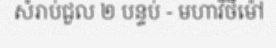
សំរាប់ជួល ២ បន្ទប់ - មហាវិថីម៉ៅ